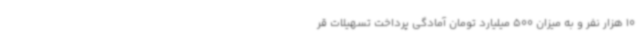
10 هزار نفر و به میزان 500 میلیارد تومان آمادگی پرداخت تسهیلات قر